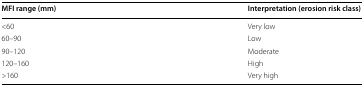
<table><thead><tr><td><b>MFI range (mm)</b></td><td><b>Interpretation (erosion risk class)</b></td></tr></thead><tbody><tr><td>&lt;60</td><td>Very low</td></tr><tr><td>60–90</td><td>Low</td></tr><tr><td>90–120</td><td>Moderate</td></tr><tr><td>120–160</td><td>High</td></tr><tr><td>&gt;160</td><td>Very high</td></tr></tbody></table>